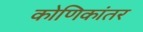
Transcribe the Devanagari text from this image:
कोणिकांतर